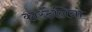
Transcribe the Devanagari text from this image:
कास्टेलिनो